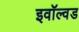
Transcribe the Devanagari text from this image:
इवॉल्वड